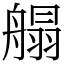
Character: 䑽